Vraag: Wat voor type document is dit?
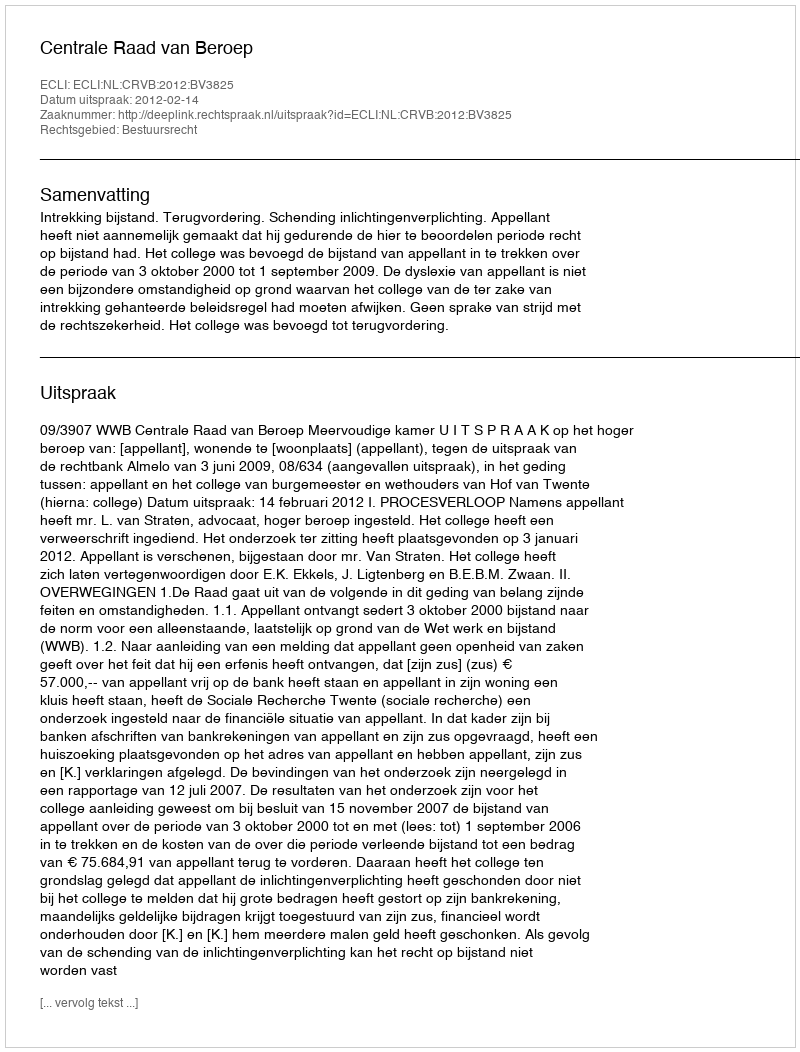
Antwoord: Uitspraak